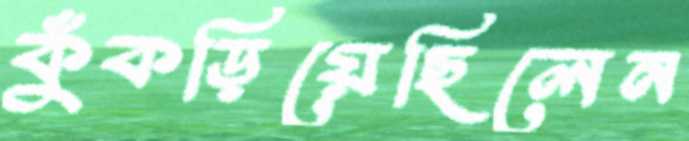
কুঁকড়িয়েছিলেন